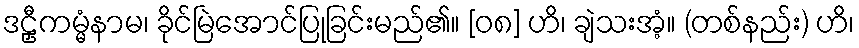
ဒဠှီကမ္မံနာမ၊ ခိုင်မြဲအောင်ပြုခြင်းမည်၏။ [၀၈] ဟိ၊ ချဲသးအံ့။ (တစ်နည်း) ဟိ၊